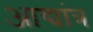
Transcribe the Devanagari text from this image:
आद्यांत्र